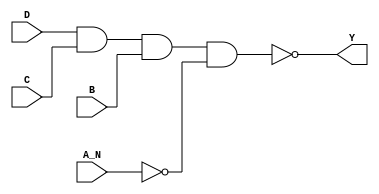
/*
 * Copyright 2020 The SkyWater PDK Authors
 *
 * Licensed under the Apache License, Version 2.0 (the "License");
 * you may not use this file except in compliance with the License.
 * You may obtain a copy of the License at
 *
 *     https://www.apache.org/licenses/LICENSE-2.0
 *
 * Unless required by applicable law or agreed to in writing, software
 * distributed under the License is distributed on an "AS IS" BASIS,
 * WITHOUT WARRANTIES OR CONDITIONS OF ANY KIND, either express or implied.
 * See the License for the specific language governing permissions and
 * limitations under the License.
 *
 * SPDX-License-Identifier: Apache-2.0
*/


`ifndef SKY130_FD_SC_HDLL__NAND4B_FUNCTIONAL_V
`define SKY130_FD_SC_HDLL__NAND4B_FUNCTIONAL_V

/**
 * nand4b: 4-input NAND, first input inverted.
 *
 * Verilog simulation functional model.
 */

`timescale 1ns / 1ps
`default_nettype none

`celldefine
module sky130_fd_sc_hdll__nand4b (
    Y  ,
    A_N,
    B  ,
    C  ,
    D
);

    // Module ports
    output Y  ;
    input  A_N;
    input  B  ;
    input  C  ;
    input  D  ;

    // Local signals
    wire not0_out   ;
    wire nand0_out_Y;

    //   Name   Output       Other arguments
    not  not0  (not0_out   , A_N              );
    nand nand0 (nand0_out_Y, D, C, B, not0_out);
    buf  buf0  (Y          , nand0_out_Y      );

endmodule
`endcelldefine

`default_nettype wire
`endif  // SKY130_FD_SC_HDLL__NAND4B_FUNCTIONAL_V